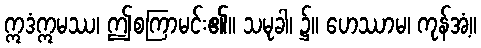
ဣဒံဣမဿ၊ ဤစကြာမင်း၏။ သမုခါ၊ ၌။ ဟေဿာမ၊ ကုန်အံ့။